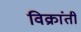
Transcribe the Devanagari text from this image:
विक्रांती